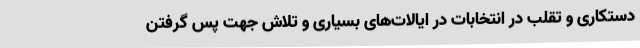
دستکاری و تقلب در انتخابات در ایالات‌های بسیاری و تلاش جهت پس گرفتن